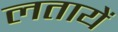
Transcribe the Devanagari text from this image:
लतायें